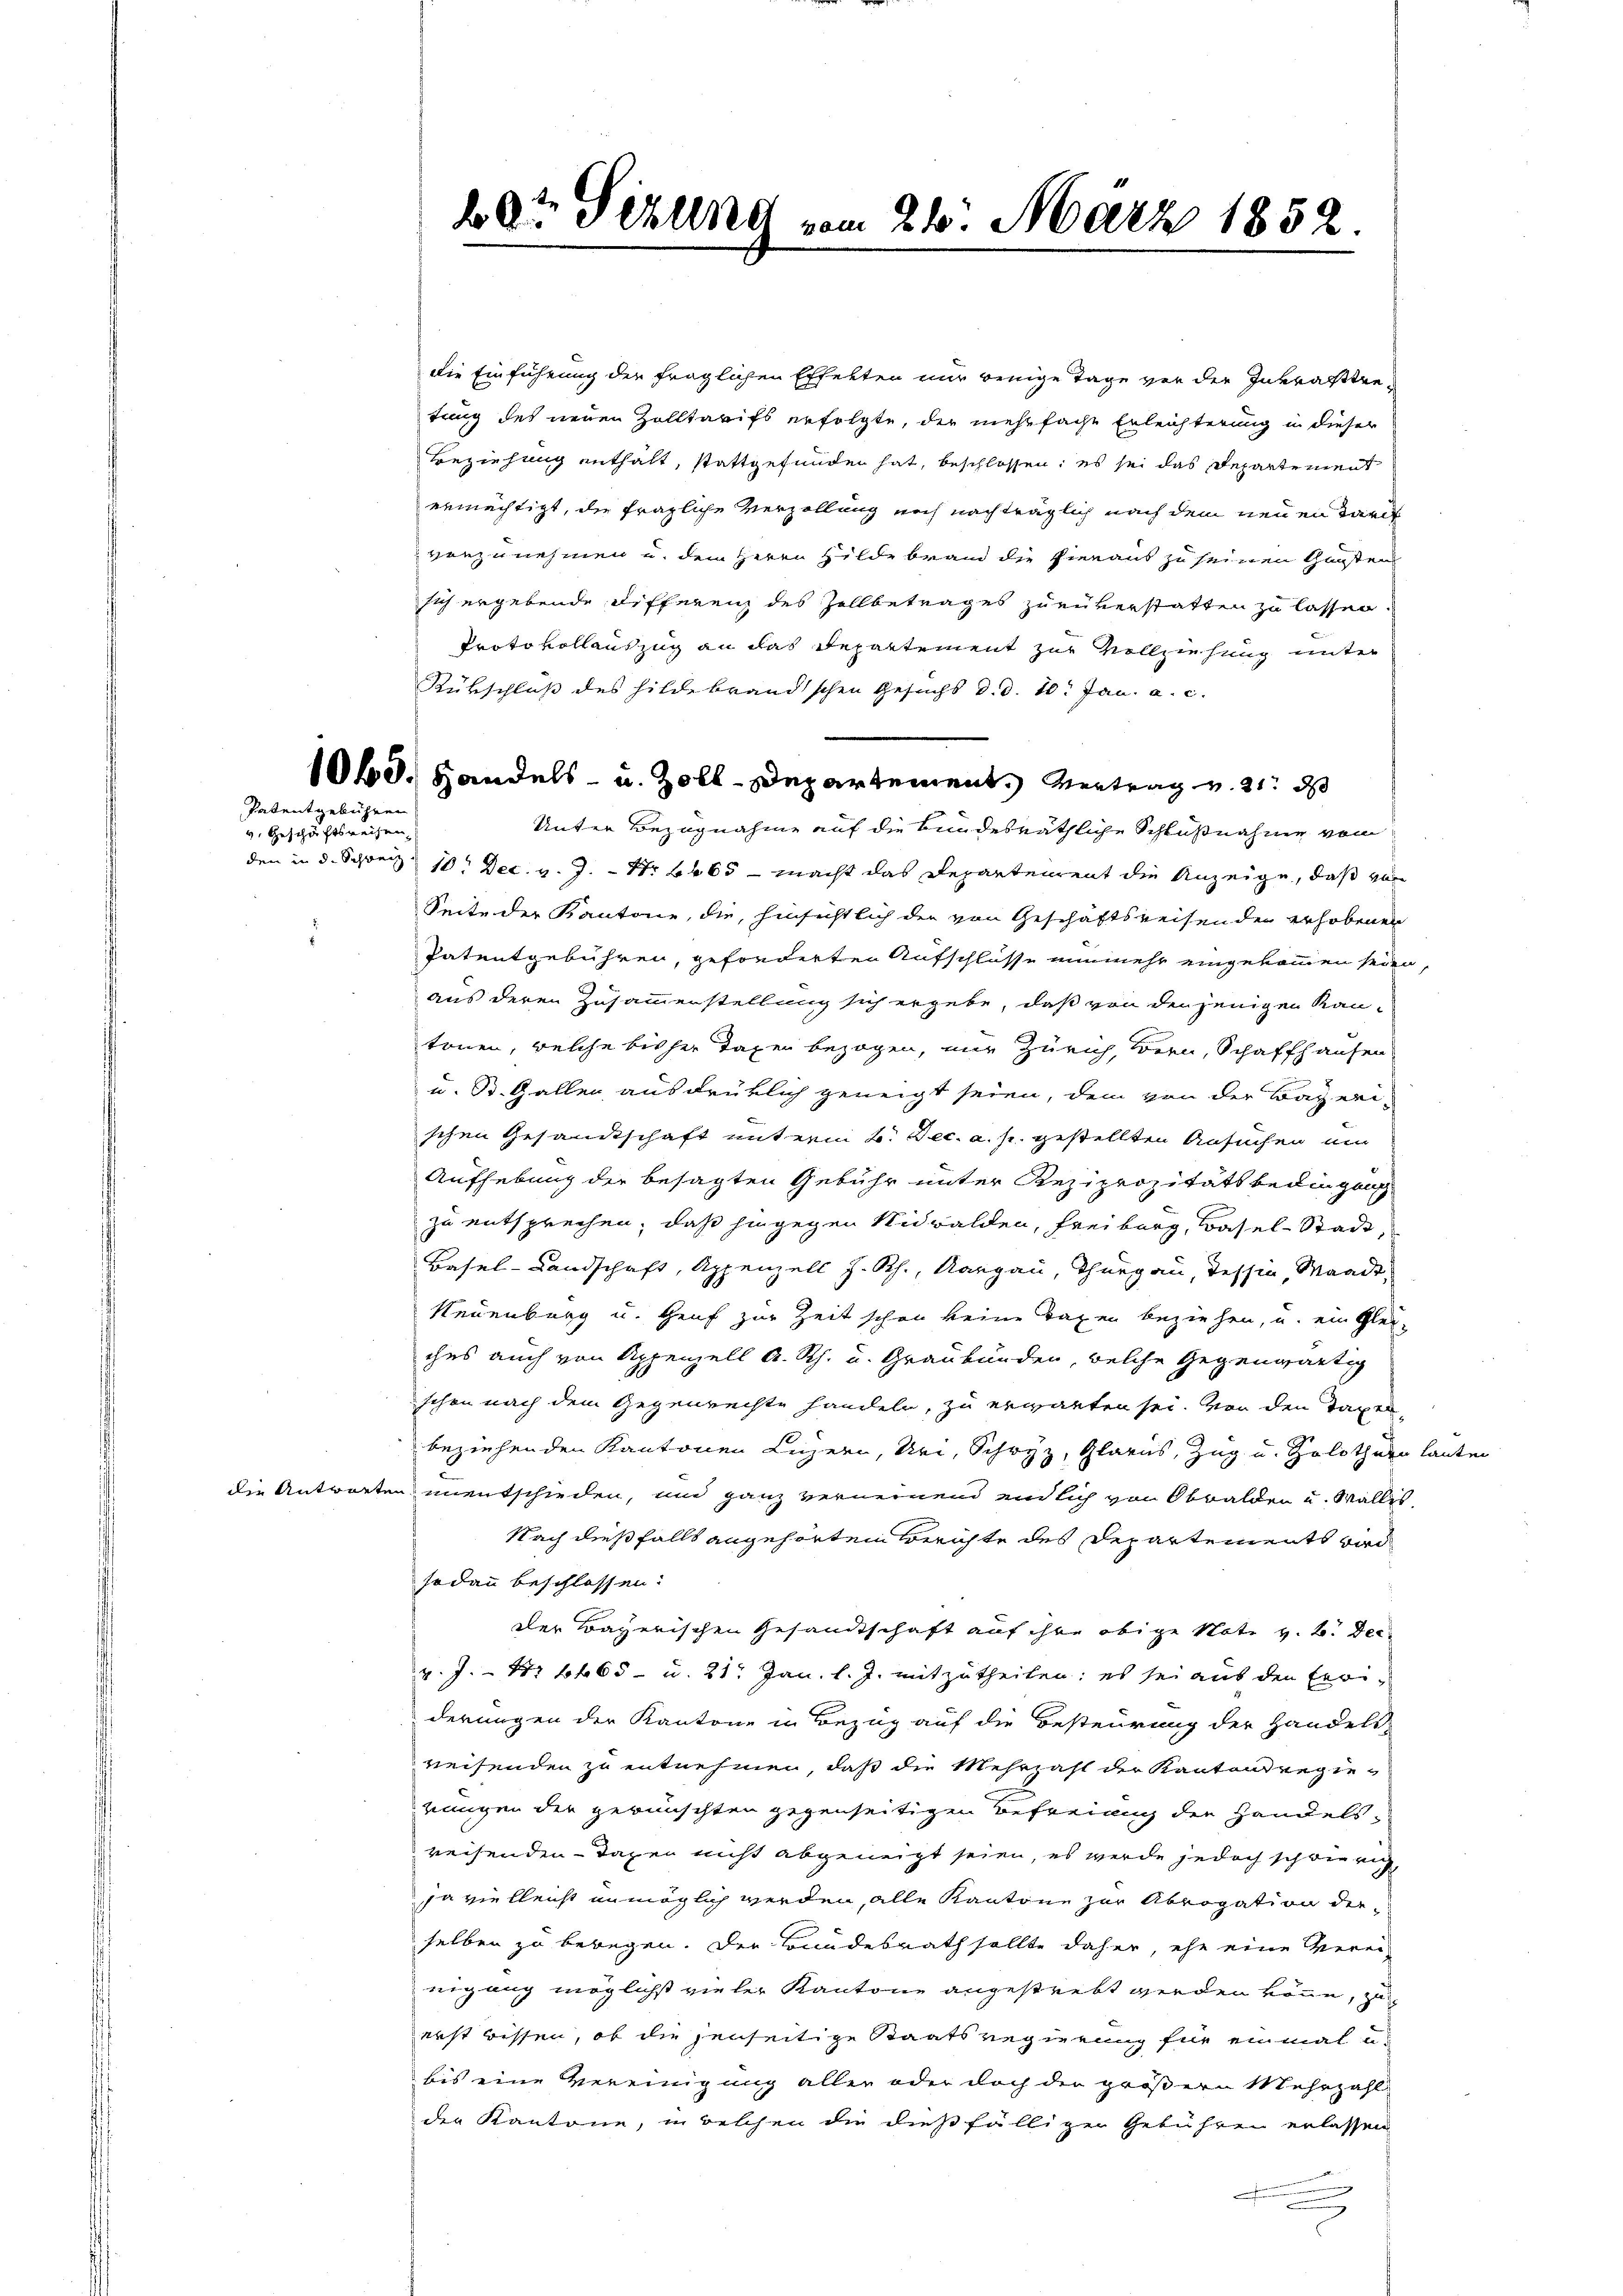
Patentgebühren

v. Geschäftsreisen,

die Einführung der fraglichen Effekten nur wenige Tage vor der Inkrafttretung des neuen Zolltarifs erfolgte, der mehrfache Erleichterung in dieser
Beziehung enthält, stattgefunden hat, beschlossen; es sei das Departement
ermächtigt, die fragliche Verzollung noch nachträglich nach dem neuen Tarif
vorzunehmen u. dem Herrn Hildebrand die hieraus zu seinen Gunsten
sich ergebende Differenz des Zollbetrages zuenverstatten zu lassen.
Protokollauszug an das Departement zur Vollziehung unter
Rükschluß des hilde brandischen Gesuchs d. d. 10. Jan. a. c.
Unter Bezugnahme auf die bundesräthliche Schlußnahme vom
den in d. Schreiz 10. Dec. v. J. – Nr. 4665 - macht das Departenrent die Anzeige, daß von
Seite der Kantone, die, hinsichtlich der von Geschäftsreisenden erhobenen
Patentgebühren, geforderten Aufschlüsse nunmehr eingekommen seien,
aus deren Zusammenstellung sich ergebe, daß von denjenigen Kan-
tonen, welche bisher Taxen bezogen, nur Zürich, Bern, Schaffhausen
u. St. Gallen ausdrüklich geneigt seien, dem von der Bayeri-
schen Gesandtschaft unterm 6. Dec. a. p. gestellten Ansuchen um
Aufhebung der besagten Gebühr unter Reziprozitätsbedingung
zu entsprechen, daß hingegen Nidwalden, Freiburg, Basel-Stadt,
Basel-Landschaft, Appenzell I.Rh., Aargau, Thurgau, Tessin, Waadt,
Neuenburg u. Heuf zur Zeit schon keine Taxen beziehen, u. ein Glei-
ches auch von Appenzell A. Rh. u. Graubünden, welche Gegenwärtig
ischen nach dem Gegenrechte handeln, zu erwarten sei. Von den Tagen-
beziehenden Kantonen Luzern, Uri, Schwyz, Glarus, Zug u. Solothurn lauten
die Antworten unentschieden, und ganz verneinend endlich von Obwalden u. Wallis
Nach dießfalls angehörten Berichte des Departements wird
sodann beschlossen:
der Bayerischen Gesandtschaft auf ihre obige Note v. 2. Dec
v. J. - Nr 1665 - u. 21. Jan. l. J. mitzutheilen: es sei aus den Eeri-
derungen der Kantone in Bezug auf die Besteurung der Handels-
reisenden zu entnehmen, daß die Mehrzahl der Kantonsregierungen der gewünschten gegenseitigen Befreiung der Handelsreisenden Tagen nicht abgeneigt seien, es werde jedoch schwierig
ja vielleicht unmöglich werden, alle Kantone zur Abrogation der
selben zu bewegen. Der Bundesrath sollte daher, ehe eine Verei-
nigung möglichst vieler Kantone angestrebt werden könne, zu
erst bissen, ob die jenseitige Staatsregierung für einmal u.
bis eine Vereinigung aller oder doch der größern Mehrzahl
den Kantone, in welchen die dießfälliger Gebühren erlassen
.
g

ddr Sekund vom 24. März 1852.

1060. Handels- u. Zoll-Departement Vertrag v. 21. ds